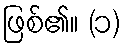
ဖြစ်၏။ (၁)